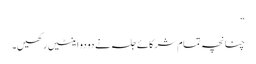
“
چنانچہ تمام شرکائے جلسہ نے دو دو اینٹیں رکھیں۔